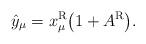
LaTeX: \begin{gather*}\hat{y}_\mu=x_\mu^{\rm R}\big(1+A^{\rm R}\big).\end{gather*}